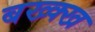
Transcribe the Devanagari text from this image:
बख्क्ख